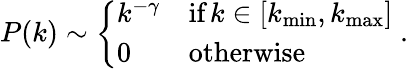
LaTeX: P(k)\sim\left\{ \begin{array}{ll}{k^{-\gamma}}&{\textrm{if}\, k\in[k_{\operatorname*{min}},k_{\operatorname*{max}}]}\\ {0}&{\textrm{otherwise}}\end{array}\right.\; .